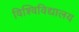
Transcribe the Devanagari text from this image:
विश्विविद्यालय